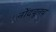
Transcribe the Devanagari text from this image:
नोंदवूनच